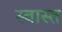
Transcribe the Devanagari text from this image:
स्वास्त